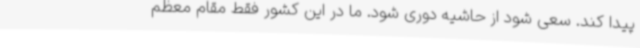
پیدا کند. سعی شود از حاشیه دوری شود. ما در این کشور فقط مقام معظم